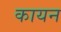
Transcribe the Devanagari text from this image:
कायन